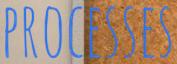
PROCESSES